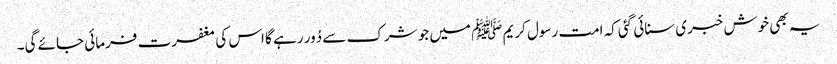
یہ بھی خوش خبری سنائی گئی کہ امت رسول کریم ﷺ میں جو شرک سے دُور رہے گا اس کی مغفرت فرمائی جائے گی۔